Indian journal of veterinary science and animal husbandry - Volume 7,
Year: 1937
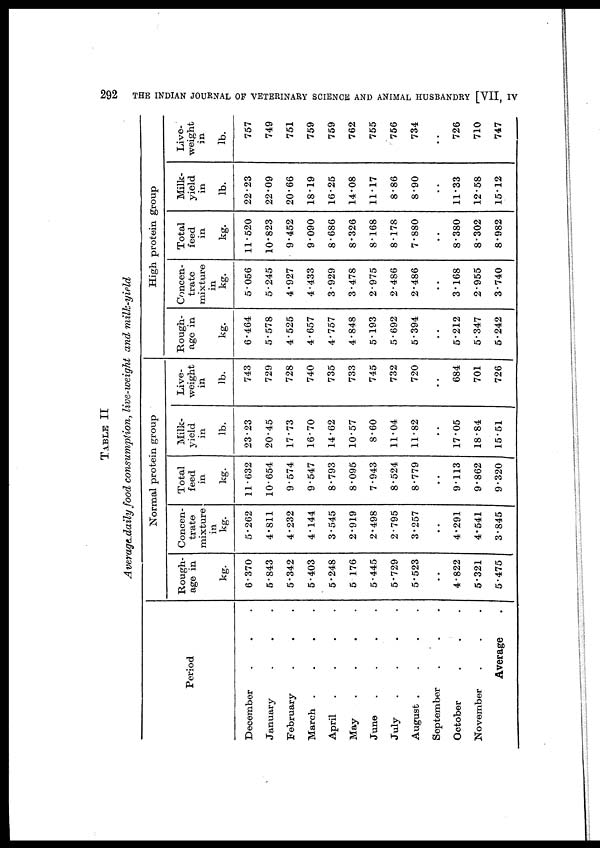
292
THE INDIAN JOURNAL OF VETERINARY SCIENCE AND ANIMAL HUSBANDRY [VII, IV
TABLE II
Average daily food consumption, live-weight and milk-yield
Period
December . . .
January . . .
February . . .
March . . . .
April . . . .
May . . . .
June . . . .
July . . . .
August . . . .
September . . .
October . . . .
November . . .
Average .
Normal protein group
Rough-
age in
kg.
6.370
5.843
5.342
5.403
5.248
5 176
5.445
5.729
5.523
..
4.822
5.321
5.475
Concen-
trate
mixture
in
kg.
5.262
4.811
4.232
4.144
3.545
2.919
2.498
2.795
3.257
..
4.291
4.541
3.845
Total
feed
in
kg.
11.632
10.654
9.574
9.547
8.793
8.095
7.943
8.524
8.779
..
9.113
9.862
9.320
Milk.
yield
in
lb.
23.23
20.45
17.73
16.70
14.62
10.57
8.60
11.04
11.82
..
17.05
18.84
15.51
Live-
weight
in
lb.
743
729
728
740
735
733
745
732
720
..
684
701
726
High protein group
Rough-
age in
kg.
6.464
5.578
4.525
4.657
4.757
4.848
5.193
5.692
5.394
..
5.212
5.347
5.242
Concen-
trate
mixture
in
kg.
5.056
5.245
4.927
4.433
3.929
3.478
2.975
2.486
2.486
..
3.168
2.955
3.740
Total
feed
in
kg.
11.520
10.823
9.452
9.090
8.686
8.326
8.168
8.178
7.880
..
8.380
8.302
8.982
Milk.
yield
in
lb.
22.23
22.09
20.66
18.19
16.25
14.08
11.17
8.86
8.90
..
11.33
12.58
15.12
Live-
weight
in
lb.
757
749
751
759
759
762
755
756
734
..
726
710
747